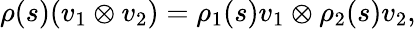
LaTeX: \rho(s)(v_{1}\otimes v_{2})=\rho_{1}(s)v_{1}\otimes\rho_{2}(s)v_{2},